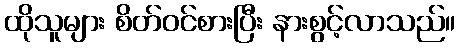
ထိုသူများ စိတ်ဝင်စားပြီး နားစွင့်လာသည်။